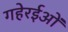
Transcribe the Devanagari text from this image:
गहेरईओं